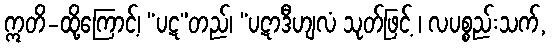
ဣတိ-ထို့ကြောင့်၊ “ပဋ”တည်၊ “ပဋာဒီဟျလံ သုတ်ဖြင့် ၊ လပစ္စည်းသက်,